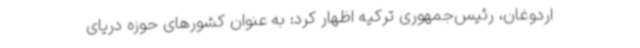
اردوغان، رئیس‌جمهوری ترکیه اظهار کرد: به عنوان کشورهای حوزه دریای